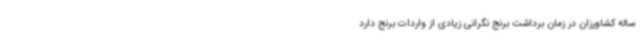
ساله کشاورزان در زمان برداشت برنج نگرانی زیادی از واردات برنج دارد